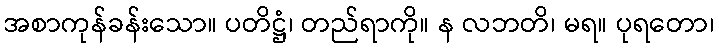
အစာကုန်ခန်းသော။ ပတိဋ္ဌံ၊ တည်ရာကို။ န လဘတိ၊ မရ။ ပုရတော၊